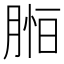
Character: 𦜷